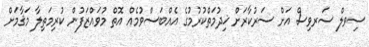
ސިވލް ސަރވިސް އަށް ސަރުކާރަށް ޚިދުމަތްކުރުމުގެ އެއްބަސްވުމެއް އޮތް މުވައްޒަފުން ކުރިމަތިލާ މަޤާމަށް